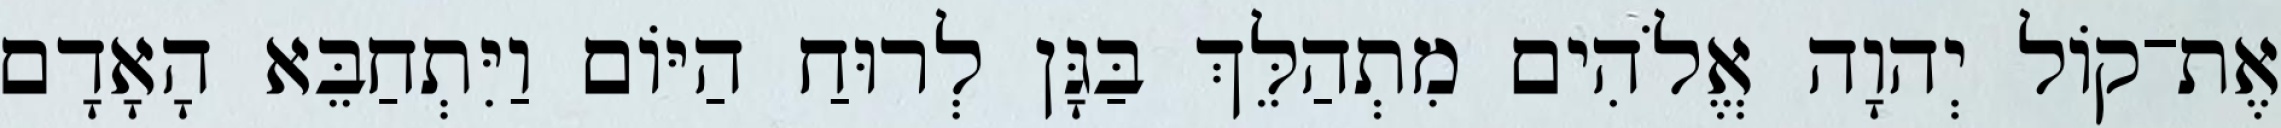
אֶת־קֹול יְהוָה אֱלֹהִים מִתְהַלֵּךְ בַּגָּן לְרוּחַ הַיֹּום וַיִּתְחַבֵּא הָאָדָם